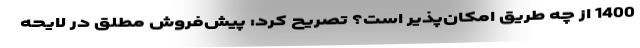
1400 از چه طریق امکان‌پذیر است؟ تصریح کرد: پیش‌فروش مطلق در لایحه